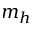
m _ { h }